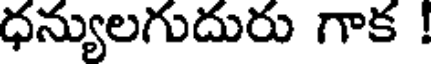
ధన్యులగుదురు గాక !